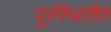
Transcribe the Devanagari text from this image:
पूरस्थितीत